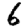
Digit: 6